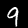
Digit: 9